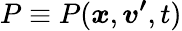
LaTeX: P\equiv P(\boldsymbol{x},\boldsymbol{v^{\prime}},t)